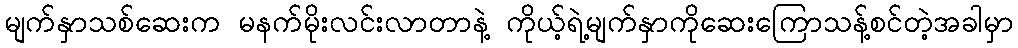
မျက်နှာသစ်ဆေးက မနက်မိုးလင်းလာတာနဲ့ ကိုယ့်ရဲ့မျက်နှာကိုဆေးကြောသန့်စင်တဲ့အခါမှာ